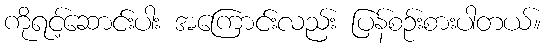
ကိုရင့်ဆောင်းပါး အကြောင်းလည်း ပြန်စဉ်းစားပါတယ်။